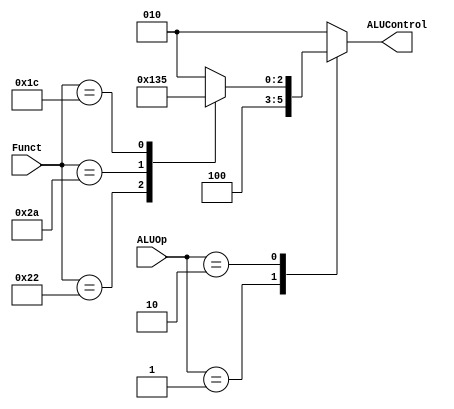
module ALU_DEC (
    input wire[1:0] ALUOp,
    input wire [5:0] Funct,
    output reg [2:0] ALUControl  
);

  always @(*) begin
      case (ALUOp)
      2'b00:ALUControl=3'b010;
      2'b01:ALUControl=3'b100;
      2'b10:
            begin
               case (Funct)
                   6'b10_0000:ALUControl=3'b010;
                   6'b10_0010:ALUControl=3'b100;
                   6'b10_1010:ALUControl=3'b110;
                   6'b01_1100:ALUControl=3'b101;
                    default: ALUControl=3'b010;
                endcase 
            end
       default: ALUControl=3'b010;
  endcase 
      
  end 

endmodule